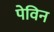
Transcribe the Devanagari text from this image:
पेविन